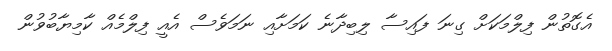
އެގޮތުން ފިލްމަކަށް ގިނަ ފައިސާ ލިބިދާނެ ކަމަށާއި ނަމަވެސް އެއީ ފިލްމެއް ކާމިޔާބުވުން